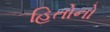
હિતોનો